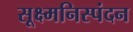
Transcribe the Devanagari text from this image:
सूक्ष्मनिस्पंदन